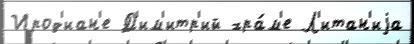
Ирод'иан'е Д'им'итр'ий хра́м'е Л'итан'иjа